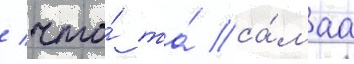
/ что́ та́ са́маа